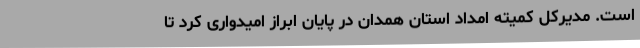
است. مدیرکل کمیته امداد استان همدان در پایان ابراز امیدواری کرد تا